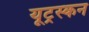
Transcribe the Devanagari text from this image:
यूट्रस्कन